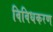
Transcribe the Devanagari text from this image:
विविधकरण